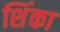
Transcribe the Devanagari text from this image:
शिंका